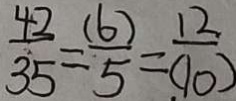
\frac { 4 2 } { 3 5 } = \frac { ( 6 ) } { 5 } = \frac { 1 2 } { ( 1 0 ) }